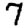
Digit: 7